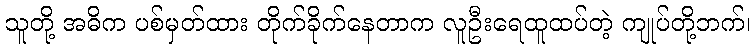
သူတို့ အဓိက ပစ်မှတ်ထား တိုက်ခိုက်နေတာက လူဦးရေထူထပ်တဲ့ ကျုပ်တို့ဘက်၊